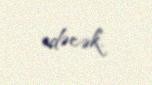
edəcək.